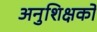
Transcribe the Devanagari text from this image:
अनुशिक्षकों